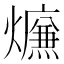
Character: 𤑙